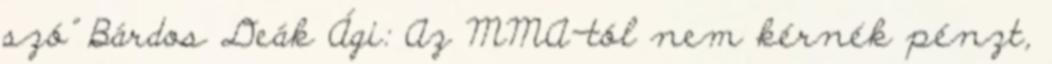
szó” Bárdos Deák Ági: Az MMA-tól nem kérnék pénzt,